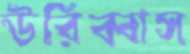
উরিব্বাস